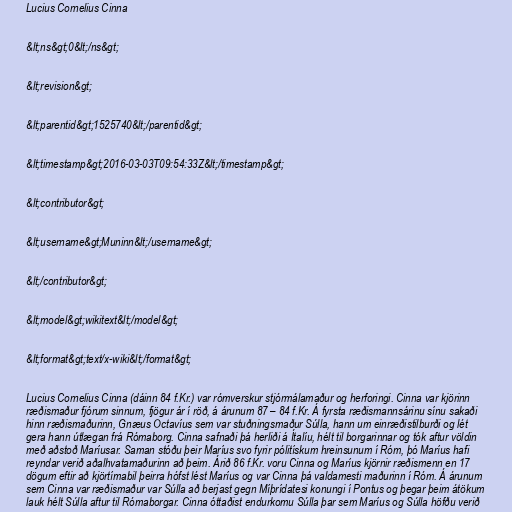
Lucius Cornelius Cinna

&lt;ns&gt;0&lt;/ns&gt;

&lt;revision&gt;

&lt;parentid&gt;1525740&lt;/parentid&gt;

&lt;timestamp&gt;2016-03-03T09:54:33Z&lt;/timestamp&gt;

&lt;contributor&gt;

&lt;username&gt;Muninn&lt;/username&gt;

&lt;/contributor&gt;

&lt;model&gt;wikitext&lt;/model&gt;

&lt;format&gt;text/x-wiki&lt;/format&gt;

Lucius Cornelius Cinna (dáinn 84 f.Kr.) var rómverskur stjórmálamaður og herforingi. Cinna var kjörinn
ræðismaður fjórum sinnum, fjögur ár í röð, á árunum 87 – 84 f.Kr. Á fyrsta ræðismannsárinu sínu sakaði
hinn ræðismaðurinn, Gnæus Octavíus sem var stuðningsmaður Súlla, hann um einræðistilburði og lét
gera hann útlægan frá Rómaborg. Cinna safnaði þá herliði á Ítalíu, hélt til borgarinnar og tók aftur völdin
með aðstoð Maríusar. Saman stóðu þeir Maríus svo fyrir pólitískum hreinsunum í Róm, þó Maríus hafi
reyndar verið aðalhvatamaðurinn að þeim. Árið 86 f.Kr. voru Cinna og Maríus kjörnir ræðismenn en 17
dögum eftir að kjörtímabil þeirra hófst lést Maríus og var Cinna þá valdamesti maðurinn í Róm. Á árunum
sem Cinna var ræðismaður var Súlla að berjast gegn Míþrídatesi konungi í Pontus og þegar þeim átökum
lauk hélt Súlla aftur til Rómaborgar. Cinna óttaðist endurkomu Súlla þar sem Maríus og Súlla höfðu verið